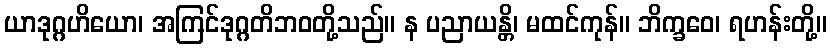
ယာဒုဂ္ဂဟိယော၊ အကြင်ဒုဂ္ဂတိဘဝတို့သည်။ န ပညာယန္တိ၊ မထင်ကုန်။ ဘိက္ခဝေ၊ ရဟန်းတို့။